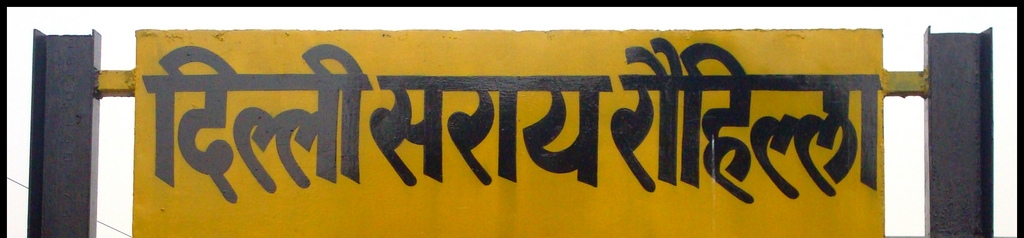
Language: hindi
Transcription: रौहिल्ला दिल्ली सराय